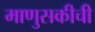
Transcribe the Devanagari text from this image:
माणुसकीची